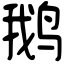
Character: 鹅